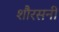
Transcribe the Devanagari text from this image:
शौरसनी